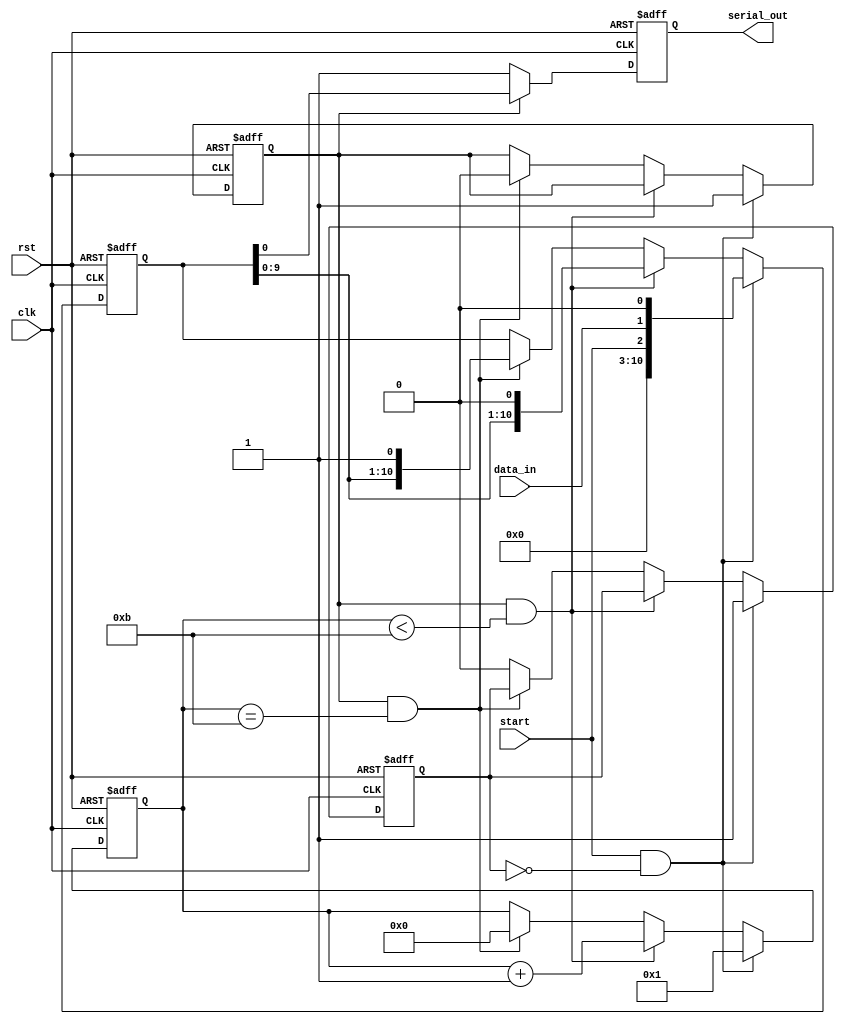
module UART_transmitter (
    input wire clk,
    input wire rst,
    input wire data_in,
    input wire start,
    output reg serial_out
);

reg [10:0] shift_reg;
reg [3:0] bit_counter;
reg tx_enable;
reg transmitting;

parameter BAUD_RATE = 9600; // specify the desired baud rate

always @(posedge clk or posedge rst) begin
    if (rst) begin
        shift_reg <= 11'b0;
        bit_counter <= 4'b0;
        tx_enable <= 1'b0;
        transmitting <= 1'b0;
    end else begin
        if (start && !transmitting) begin
            shift_reg <= {start, data_in, 1'b0}; // framing data with start and stop bits
            bit_counter <= 4'b1;
            tx_enable <= 1'b1;
            transmitting <= 1'b1;
        end else if (tx_enable && bit_counter < 11) begin
            shift_reg <= {shift_reg, 1'b0};
            bit_counter <= bit_counter + 1;
        end else if (tx_enable && bit_counter == 11) begin
            shift_reg <= {shift_reg, 1'b1}; // stop bit
            bit_counter <= 4'b0;
            tx_enable <= 1'b0;
        end else begin
            transmitting = 1'b0;
        end
    end
end

always @(posedge clk or posedge rst) begin
    if (rst) begin
        serial_out <= 1'b1; // idle state
    end else begin
        if (tx_enable) begin
            serial_out <= shift_reg[0];
        end else begin
            serial_out <= 1'b1; // idle state
        end
    end
end

endmodule